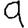
Digit: 9